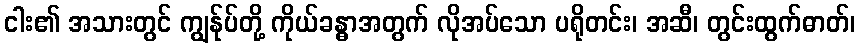
ငါး၏ အသားတွင် ကျွန်ုပ်တို့ ကိုယ်ခန္ဓာအတွက် လိုအပ်သော ပရိုတင်း၊ အဆီ၊ တွင်းထွက်ဓာတ်၊